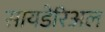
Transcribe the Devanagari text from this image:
सायडेरिअल